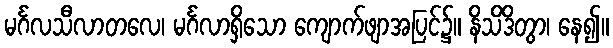
မင်္ဂလသီလာတလေ၊ မင်္ဂလာရှိသော ကျောက်ဖျာအပြင်၌။ နိသိဒိတွာ၊ နေ၍။